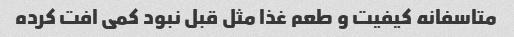
متاسفانه کیفیت و طعم غذا مثل قبل نبود کمی افت کرده